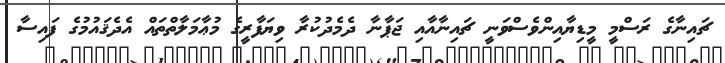
ޗައިނާގެ ރަސްމީ މީޑިޔާއިންވެސްވަނީ ޗައިނާއާއި ޖަޕާނާ ދެމެދުކުރާ ވިޔަފާރީގެ މުޢާމަލާތްތައް އެދެޤައުމުގެ ފައިސާ